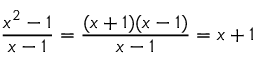
{ \frac { x ^ { 2 } - 1 } { x - 1 } } = { \frac { ( x + 1 ) ( x - 1 ) } { x - 1 } } = x + 1